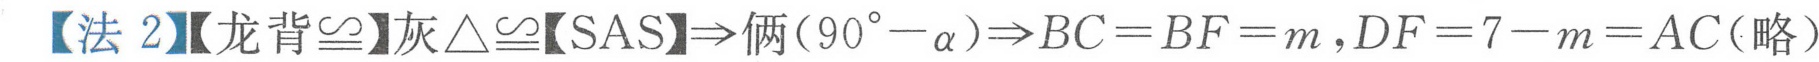
【法 2】【龙背\(\cong\)】灰\(\triangle\cong\)【SAS】\(\Rightarrow\)俩\((90^{\circ}-\alpha)\Rightarrow BC = BF = m,DF = 7 - m = AC\)(略）